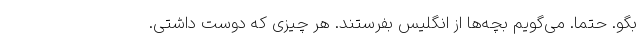
بگو. حتما. می‌گویم بچه‌ها از انگلیس بفرستند. هر چیزی که دوست داشتی.